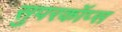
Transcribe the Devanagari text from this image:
सुपरकॉप्स